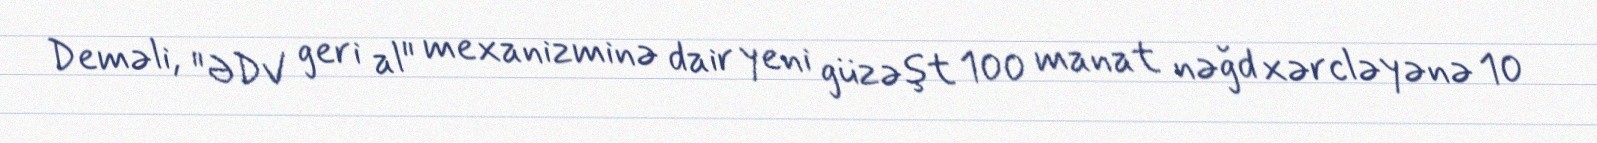
Deməli, "ƏDV geri al" mexanizminə dair yeni güzəşt 100 manat nəğd xərcləyənə 10